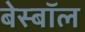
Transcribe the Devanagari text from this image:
बेस्बॉल